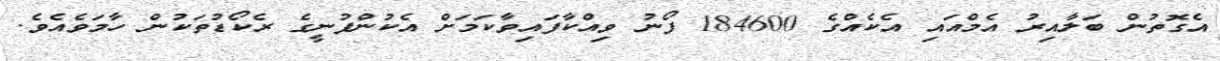
އެގޮތުން ބަލާއިރު އެމްއައި އެކެއްގެ 184600 ފޯނު ވިއްކާފައިވާކަމަށް އެކުންފުނީގެ ރެކޯޑުތަކުން ހާމަވެއެވެ.